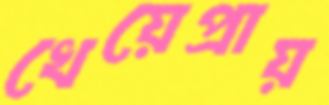
খেয়েপ্রায়